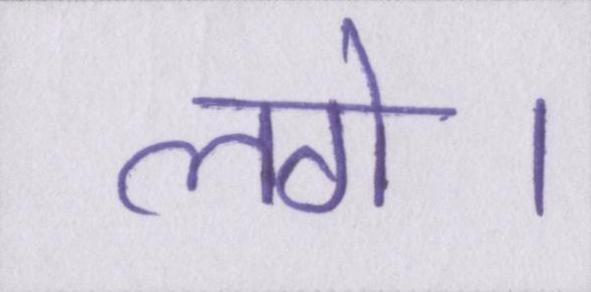
लगे।